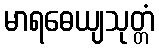
မာရဓေယျသုတ္တံ